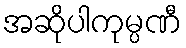
အဆိုပါကုမ္ပဏီ